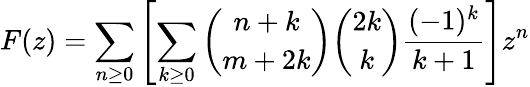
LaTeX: F(z)=\sum_{n\geq 0}{\left[\sum_{k\geq 0}{{\binom{n+k}{m+2k}}{\binom{2k}{k}}{\frac{(-1)^{k}}{k+1}}}\right]}z^{n}